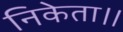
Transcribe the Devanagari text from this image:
निकेता।।